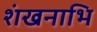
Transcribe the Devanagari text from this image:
शंखनाभि